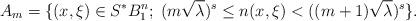
LaTeX: \begin{align*}A_m = \{ (x, \xi) \in S^*B^n_1; \; (m\sqrt{\lambda})^{s} \leq n(x, \xi) < ((m+1)\sqrt{\lambda})^{s} \}.\end{align*}